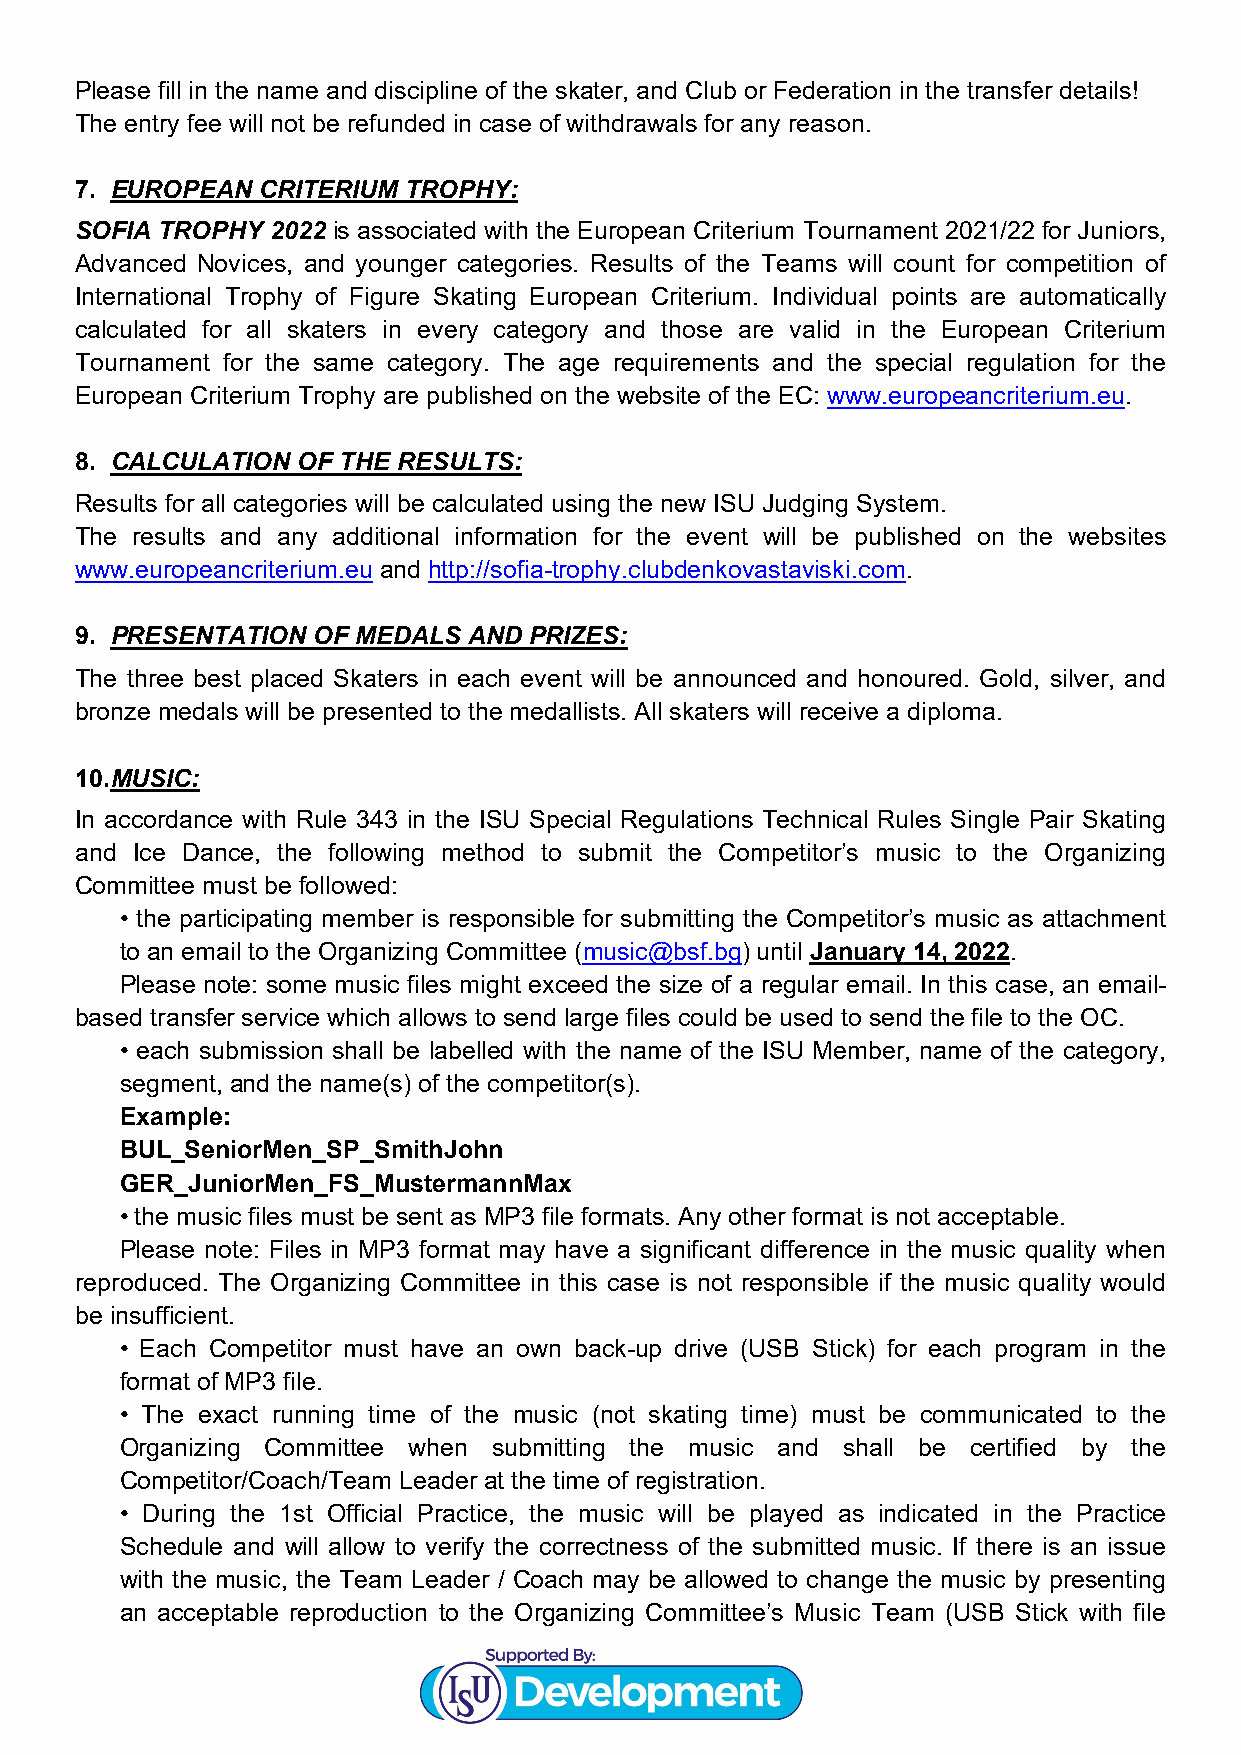
Please fill in the name and discipline of the skater, and Club or Federation in the transfer details!
 The entry fee will not be refunded in case of withdrawals for any reason.
 7. EUROPEAN CRITERIUM TROPHY:
 SOFIA TROPHY 2022 is associated with the European Criterium Tournament 2021/22 for Juniors,
 Advanced Novices, and younger categories. Results of the Teams will count for competition of
 International Trophy of Figure Skating European Criterium. Individual points are automatically
 calculated for all skaters in every category and those are valid in the European Criterium
 Tournament for the same category. The age requirements and the special regulation for the
 European Criterium Trophy are published on the website of the EC: www.europeancriterium.eu.
 8. CALCULATION OF THE RESULTS:
 Results for all categories will be calculated using the new ISU Judging System.
 The results and any additional information for the event will be published on the websites
 www.europeancriterium.eu and http://sofia-trophy.clubdenkovastaviski.com.
 9. PRESENTATION OF MEDALS AND PRIZES:
 The three best placed Skaters in each event will be announced and honoured. Gold, silver, and
 bronze medals will be presented to the medallists. All skaters will receive a diploma.
 10. MUSIC:
 In accordance with Rule 343 in the ISU Special Regulations Technical Rules Single Pair Skating
 and Ice Dance, the following method to submit the Competitor’s music to the Organizing
 Committee must be followed:
 • the participating member is responsible for submitting the Competitor’s music as attachment
 to an email to the Organizing Committee (music@bsf.bg) until January 14, 2022.
 Please note: some music files might exceed the size of a regular email. In this case, an email-
 based transfer service which allows to send large files could be used to send the file to the OC.
 • each submission shall be labelled with the name of the ISU Member, name of the category,
 segment, and the name(s) of the competitor(s).
 Example:
 BUL_SeniorMen_SP_SmithJohn
 GER_JuniorMen_FS_MustermannMax
 • the music files must be sent as MP3 file formats. Any other format is not acceptable.
 Please note: Files in MP3 format may have a significant difference in the music quality when
 reproduced. The Organizing Committee in this case is not responsible if the music quality would
 be insufficient.
 • Each Competitor must have an own back-up drive (USB Stick) for each program in the
 format of MP3 file.
 • The exact running time of the music (not skating time) must be communicated to the
 Organizing Committee when submitting the music and shall be certified by the
 Competitor/Coach/Team Leader at the time of registration.
 • During the 1st Official Practice, the music will be played as indicated in the Practice
 Schedule and will allow to verify the correctness of the submitted music. If there is an issue
 with the music, the Team Leader / Coach may be allowed to change the music by presenting
 an acceptable reproduction to the Organizing Committee’s Music Team (USB Stick with file